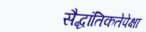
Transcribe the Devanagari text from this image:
सैद्धांतिकतेपेक्षा